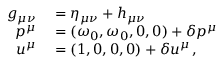
\begin{array} { r l } { g _ { \mu \nu } } & { { } = \eta _ { \mu \nu } + h _ { \mu \nu } } \\ { p ^ { \mu } } & { { } = ( \omega _ { 0 } , \omega _ { 0 } , 0 , 0 ) + \delta p ^ { \mu } } \\ { u ^ { \mu } } & { { } = ( 1 , 0 , 0 , 0 ) + \delta u ^ { \mu } \, , } \end{array}